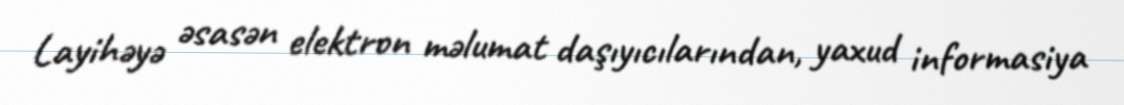
Layihəyə əsasən elektron məlumat daşıyıcılarından, yaxud informasiya